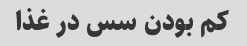
کم بودن سس در غذا